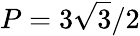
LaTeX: P=3\sqrt{3}/2